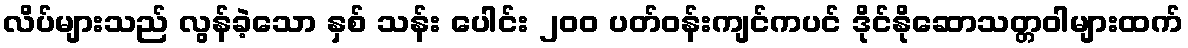
လိပ်များသည် လွန်ခဲ့သော နှစ် သန်း ပေါင်း ၂၀၀ ပတ်ဝန်းကျင်ကပင် ဒိုင်နိုဆောသတ္တဝါများထက်